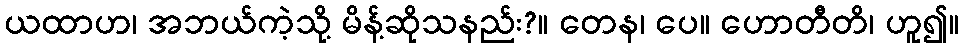
ယထာဟ၊ အဘယ်ကဲ့သို့ မိန့်ဆိုသနည်း?။ တေန၊ ပေ။ ဟောတီတိ၊ ဟူ၍။